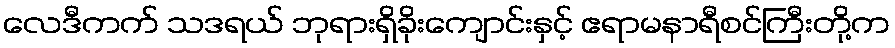
လေဒီကက် သဒရယ် ဘုရားရှိခိုးကျောင်းနှင့် ဧရာမနာရီစင်ကြီးတို့က